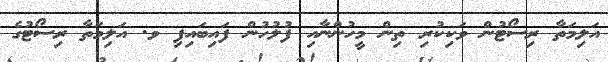
އަލިމަތާ ރިސޯޓުން ވަކިކުރި ތިން މީހުންނާއި ފުލުހުން ފައިބައިފި ވ. އަލިމަތާ ރިސޯޓުގެ